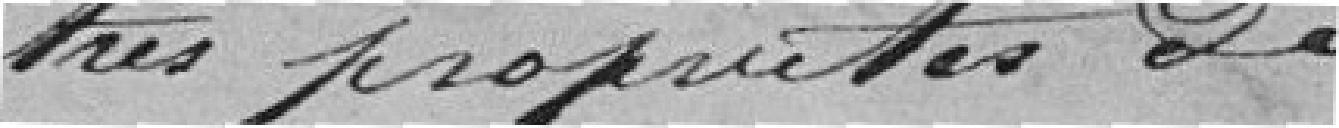
autres propriétés de